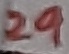
Text: 29